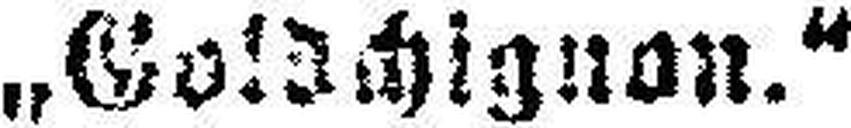
„Goldchignon.“